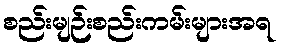
စည်းမျဉ်းစည်းကမ်းများအရ